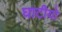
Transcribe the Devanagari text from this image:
घाटीयो